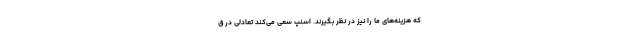
که هزینه‌های ما را نیز در نظر بگیرند. اسنپ سعی می‌کند تعادلی در ق